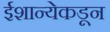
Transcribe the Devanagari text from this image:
ईशान्येकडून